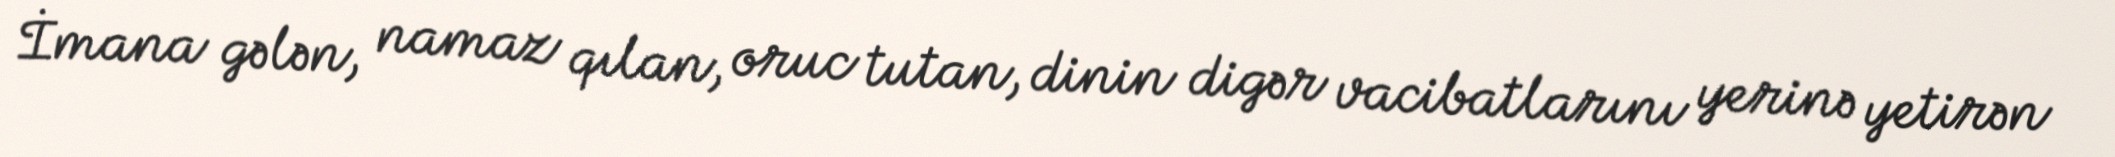
İmana gələn, namaz qılan, oruc tutan, dinin digər vacibatlarını yerinə yetirən